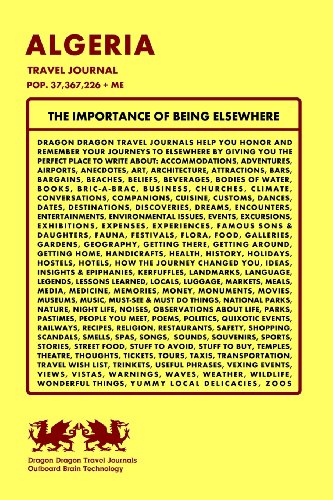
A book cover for Algeria Travel Journal, Pop. 37,367,226 + Me; Dragon Dragon Travel Journals; Travel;